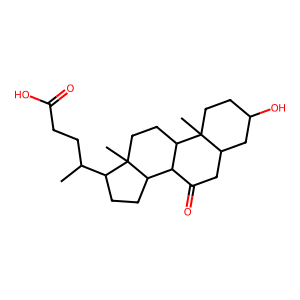
SMILES: CC(CCC(=O)O)C1CCC2C3C(=O)CC4CC(O)CCC4(C)C3CCC12C
Inhibits HIV replication: No